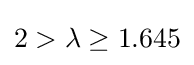
2>\lambda \geq 1.645